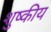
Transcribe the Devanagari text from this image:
शुष्कीय